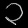
Digit: ၁